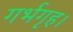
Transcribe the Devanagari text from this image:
गर्भगृह।